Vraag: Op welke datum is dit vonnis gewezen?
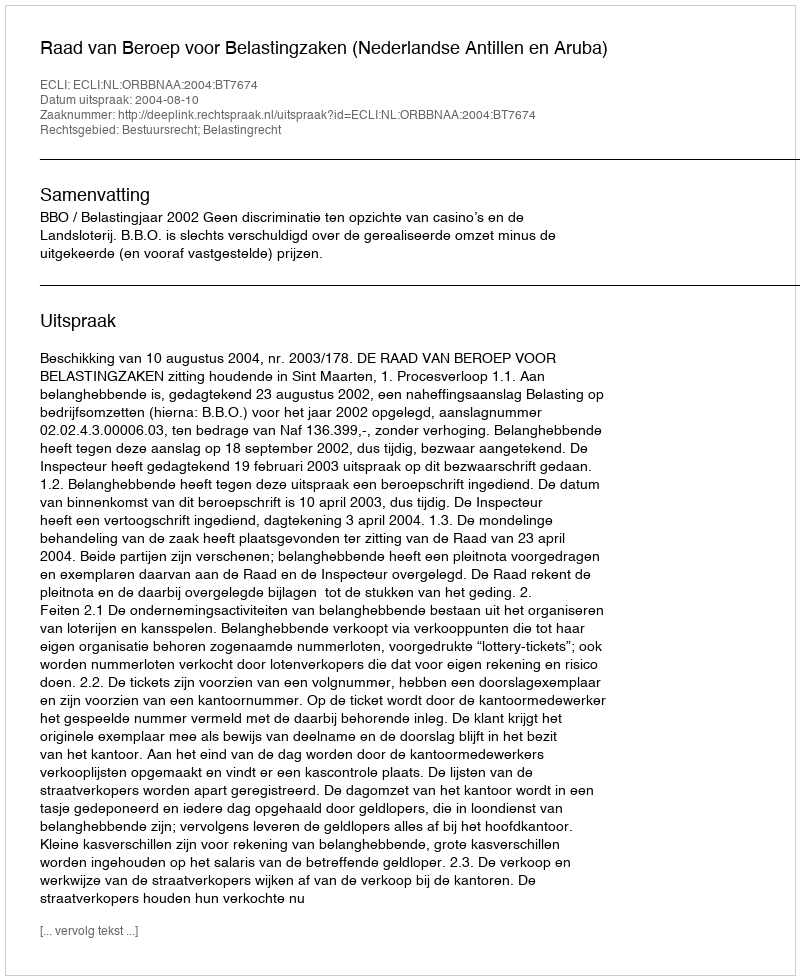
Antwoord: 2004-08-10